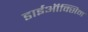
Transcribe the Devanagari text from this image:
डाईऑक्सिन